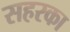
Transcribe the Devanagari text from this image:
सहरका